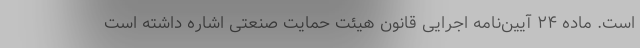
است. ماده ۲۴ آیین‌نامه اجرایی قانون هیئت حمایت صنعتی اشاره داشته است